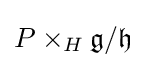
P\times _{H}{\mathfrak {g}}/{\mathfrak {h}}